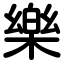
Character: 樂